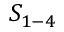
S _ { 1 - 4 }